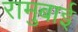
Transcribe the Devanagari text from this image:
रामुबाई